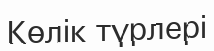
Көлік түрлері